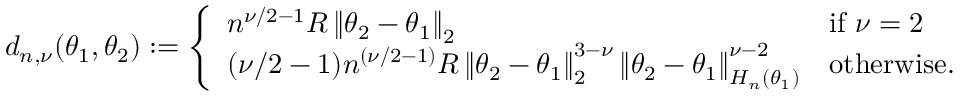
\begin{array} { r } { d _ { n , \nu } ( \theta _ { 1 } , \theta _ { 2 } ) : = \left\{ \begin{array} { l l } { n ^ { \nu / 2 - 1 } R \left\lVert \theta _ { 2 } - \theta _ { 1 } \right\rVert _ { 2 } } & { \mathrm { i f ~ } \nu = 2 } \\ { ( \nu / 2 - 1 ) n ^ { ( \nu / 2 - 1 ) } R \left\lVert \theta _ { 2 } - \theta _ { 1 } \right\rVert _ { 2 } ^ { 3 - \nu } \left\lVert \theta _ { 2 } - \theta _ { 1 } \right\rVert _ { H _ { n } ( \theta _ { 1 } ) } ^ { \nu - 2 } } & { \mathrm { o t h e r w i s e } . } \end{array} \right. } \end{array}